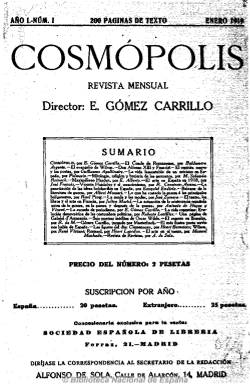
Título: Cosmópolis (Madrid. 1919)
Colección: Literatura
Ámbito geográfico: Madrid
Lugar de publicación: Madrid
Fechas: 01/01/1919-31/08/1922

Revista mensual de literatura y crítica fundada por el escritor guatemalteco Enrique Gómez Carrillo (1873-1927) y el empresario uruguayo Manuel Allende, que como mecenas aportó el capital para su edición, que aparece  en enero de 1919 en entregas de dos centenares de páginas, en un formato menor, compuesta a una columna, carente de ilustraciones y de la que se señala que tiene una tirada de 100.000 ejemplares. Rafael Osuna la define “orientada hacia el modernismo periclitado, y muy poco hacia la vanguardia”, y “aunque bastante conservadora y no demasiado brillante”, tuvo un cariz muy europeo, especialmente francés, pretendiendo Gómez Carrillo con ella emular tardíamente la renovada Mercure de France (1890) de la corriente simbolista. En palabras de César Antonio Molina, “fue una copiosa publicación de carácter ampliamente cultural, en donde lo literario participó de forma destacada”.

En palabras del que será uno de sus principales colaboradores –Guillermo de Torre-, no insertó escritos de vanguardia, aunque sí la enjuició en artículos doctrinales y en numerosos trabajos y ensayos sobre este movimiento, especialmente desde su número 21 al 36. Por lo que tampoco es una publicación enmarcada en el ultraísmo, “en el sentido amplio de la palabra”, aunque en su cuarto número reproducirá también el manifiesto ultra de los jóvenes españoles, como las revistas ultraístas Cervantes (1916-1920) y Grecia (1918-1920). En su seno también se dará un vivo debate sobre la paternidad del “creacionismo”.

Estuvo dirigida por Gómez Carrillo (cuyo verdadero nombre era Enrique Gómez Tible y que en esa época estaba casado con la artista española Raquel Meller) hasta el número 37 (en. 1922), cuando por su viaje a América le sustituye en la dirección el novelista Alfonso Hernández Catá (1885-1940), quien le dará una nueva orientación, disminuyendo a la mitad su paginación y comenzando a languidecer su vida hasta su cierre definitivo, con el número 45, en septiembre de ese mismo año.

Además de a la literatura anglosajona (publica seis poemas inéditos de Oscar Wilde), Molina y los demás estudiosos de la revista destacan de ella sobre todo la atención dedicada en sus páginas a las literaturas francesa, hispanoamericana y portuguesa. De la primera, la traducción de artículos y poemas de Apollinaire, Mallarmé, Maetelerlinck, Baudelaire, Gide o Max Jacob, entre otros muchos. En abundantes números publica la sección “Antología francesa”, cuyos poemas son traducidos por el ya citado Guillermo de Torre y por Edmundo González Blanco, Juan Ramón Jiménez, Pedro Salinas, Enrique Díez-Canedo o Ramón Pérez de Ayala, entre otros. Para Molina, lo francés en Cosmópolis “es no sólo lo importante, sino un elemento básico”, tanto en extensión  como en intensidad, ocupando acaso más espacio y dedicación que la propia literatura española.

A partir de su segundo número insertará con asiduidad una “Crónica de Portugal”, de Carmen de Burgos (Colombine), resaltando como autores más citados, entre otros, a Camilo Pessanha, Guerra Junquero o Eça de Queiroz. Mientras que la literatura hispanoamericana abarcará a poetas y escritores de sus diversos países, como Xavier Villaurrutia, Jorge Luis Borges, Gabriela Mistral, Alfonsina Storni, Alfonso Reyes o Juana de Ibarborov.

La revista cuenta, además de las ya citadas, con secciones habituales como la de Figuras del día, Fisonomía de ciudades, Revista de periódicos, Crónica americana, Crónica de París (escrita por Julián Martel), Crónica de Italia (por Leonardo Marini), La vida femenina (por la Marquesa de Cespón) o Notas cosmopolitas, sobre teatro, libros y arte, correspondiendo estas últimas a Rafael Urbina. También abrirá sus páginas a explorar la cinematografía, como nueva creación artística y moderna.

Como autores de sus numerosos textos (artículos, crónicas, ensayos, etc.) están Rafael Cansinos Assens, el ya citado Guillermo de Torre y el propio director, Gómez Carrillo, así como Baldomero Argenta, José Francés, Rafael Urbina, Antonio de Hoyos Vinent, Bernardo G. de Candamo, Luis G. Urbina, Manuel Aznar, José Francos Rodríguez, Luis Araquistáin, Miguel de Unamuno, Adolfo Salazar, Alberto Insúa, Luis Antón del Olmet, Ricardo Baeza, Leopoldo Lugones o Woodrow Wilson, de una larga nómina de críticos y escritores, entre los que cabe citar también a Manuel Machado, como poeta y crítico literario y teatral.

Cada número de la revista suele comenzar con su sumario, y al final de algunos publica índices de autores de entregas anteriores. La colección de la Biblioteca Nacional de España está incompleta.